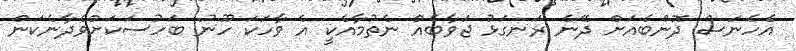
އެހެނަސް ދޮންބެއަށް ދޭނެ ރަނގަޅު ޖަވާބެއް ނެތުމާއެކީ އެ ވާހަކަ ހޫނު ބަހުސަކަށްވެދާނެކަން